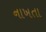
નાખતા